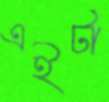
এইটা